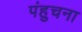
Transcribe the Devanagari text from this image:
पंहुचना